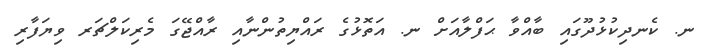
ނ. ކެނދިކުޅުދޫގައި ބާއްވާ ޙަފްލާއަށް ނ. އަތޮޅުގެ ރައްޔިތުންނާއި ރާއްޖޭގަ މެރިކަލްޗަރ ވިޔަފާރި